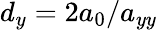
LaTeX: d_{y}=2a_{0}/a_{yy}